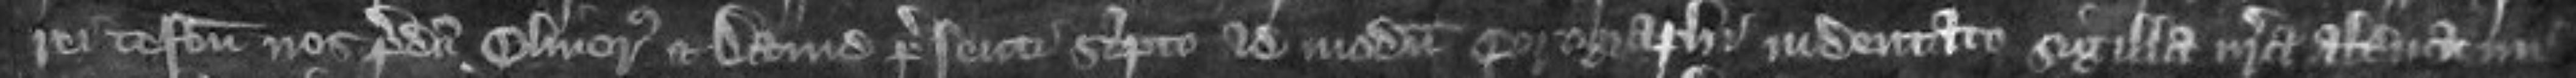
rei testimonium nos predicti Oliverus et David presenti scripto ad modum cerographi indentati sigilla nostra alternatim